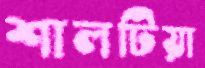
শালটিয়া